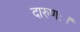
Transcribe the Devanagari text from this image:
दारुणः।